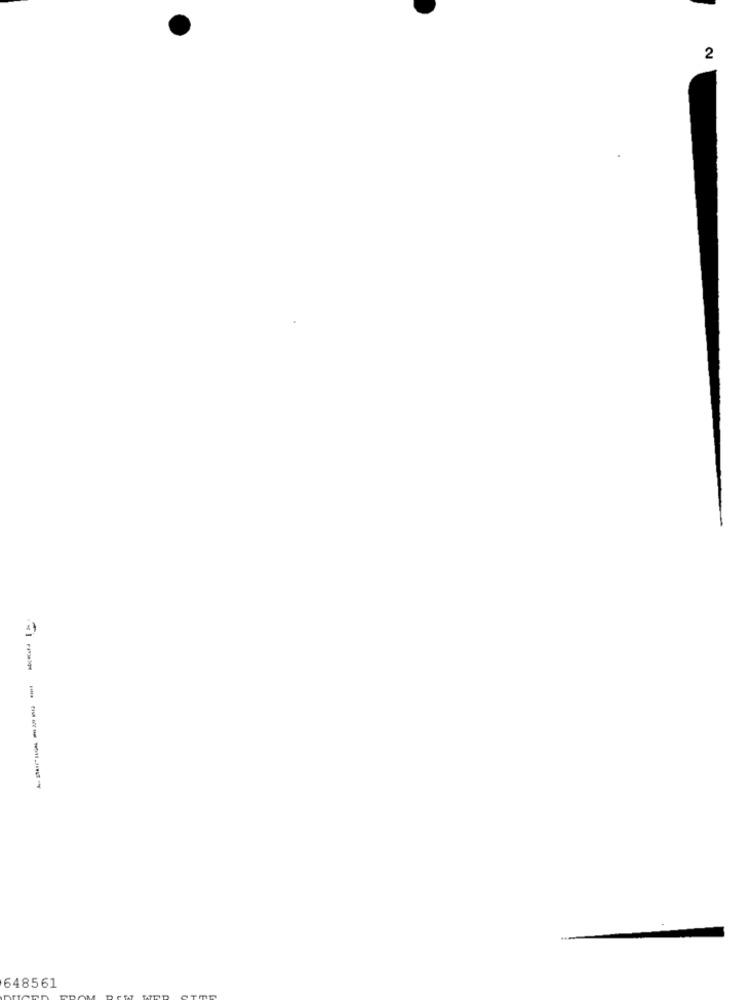
2
-- -
---------
648561